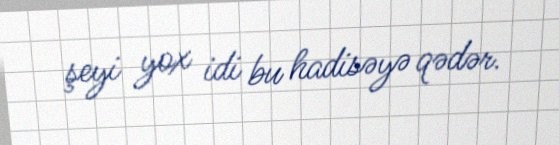
şeyi yox idi bu hadisəyə qədər.